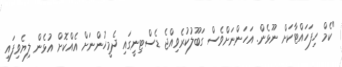
"ކެމް ހިފަހައްޓާކަށް ނޫޅެން. އަހަންނަށްވެސް ގަބޫލުކުރެވިއްޖެ ޑެސްޓިނީގައި ދެމީހުންނަށް އެއްކޮށް އުޅެން ލިޔެވިފައި